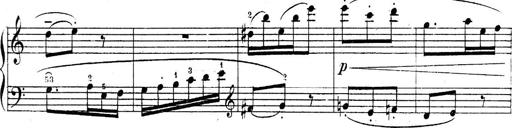
Title: Sonatines
Composer: Hedwige ChrÃ©tien